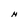
Character: H